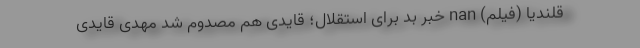
قلندیا (فیلم) nan خبر بد برای استقلال؛ قایدی هم مصدوم شد مهدی قایدی